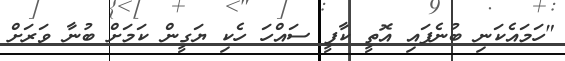
"ހަމައެކަނި ބުނެފައި އޮތީ ކާފީ ސައްހަ ހެކި ޔަގީން ކަމަށް ބުނާ ވަރަށް